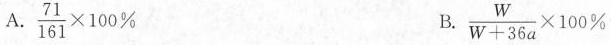
A.$$\frac { 7 1 } { 1 6 1 } \times 1 0 0 %$$ B.$$\frac { W } { W + 3 6 a }\times 1 0 0 %$$